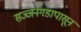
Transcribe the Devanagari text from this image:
सज्जनगडापासून